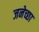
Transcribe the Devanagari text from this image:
जनेच्छा